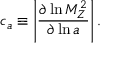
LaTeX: c _ { a } \equiv \left| \frac { \partial \ln M _ { Z } ^ { 2 } } { \partial \ln a } \right| .